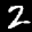
Label: 2